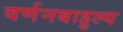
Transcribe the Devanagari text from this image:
वर्णनबाहुल्य